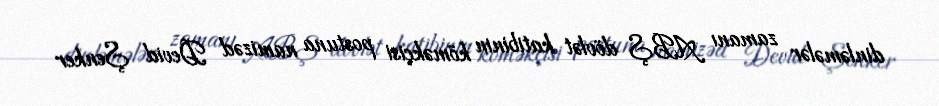
dinləmələr zamanı ABŞ dövlət katibinin köməkçisi postuna namizəd Devid Şenker